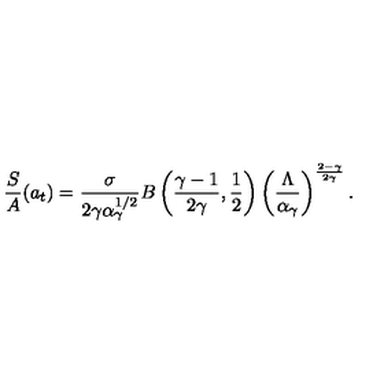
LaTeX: \frac { S } { A } ( a _ { t } ) = \frac { \sigma } { 2 \gamma \alpha _ { \gamma } ^ { 1 / 2 } } B \left( \frac { \gamma - 1 } { 2 \gamma } , \frac { 1 } { 2 } \right) \left( \frac { \Lambda } { \alpha _ { \gamma } } \right) ^ { \frac { 2 - \gamma } { 2 \gamma } } .